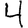
Digit: 4